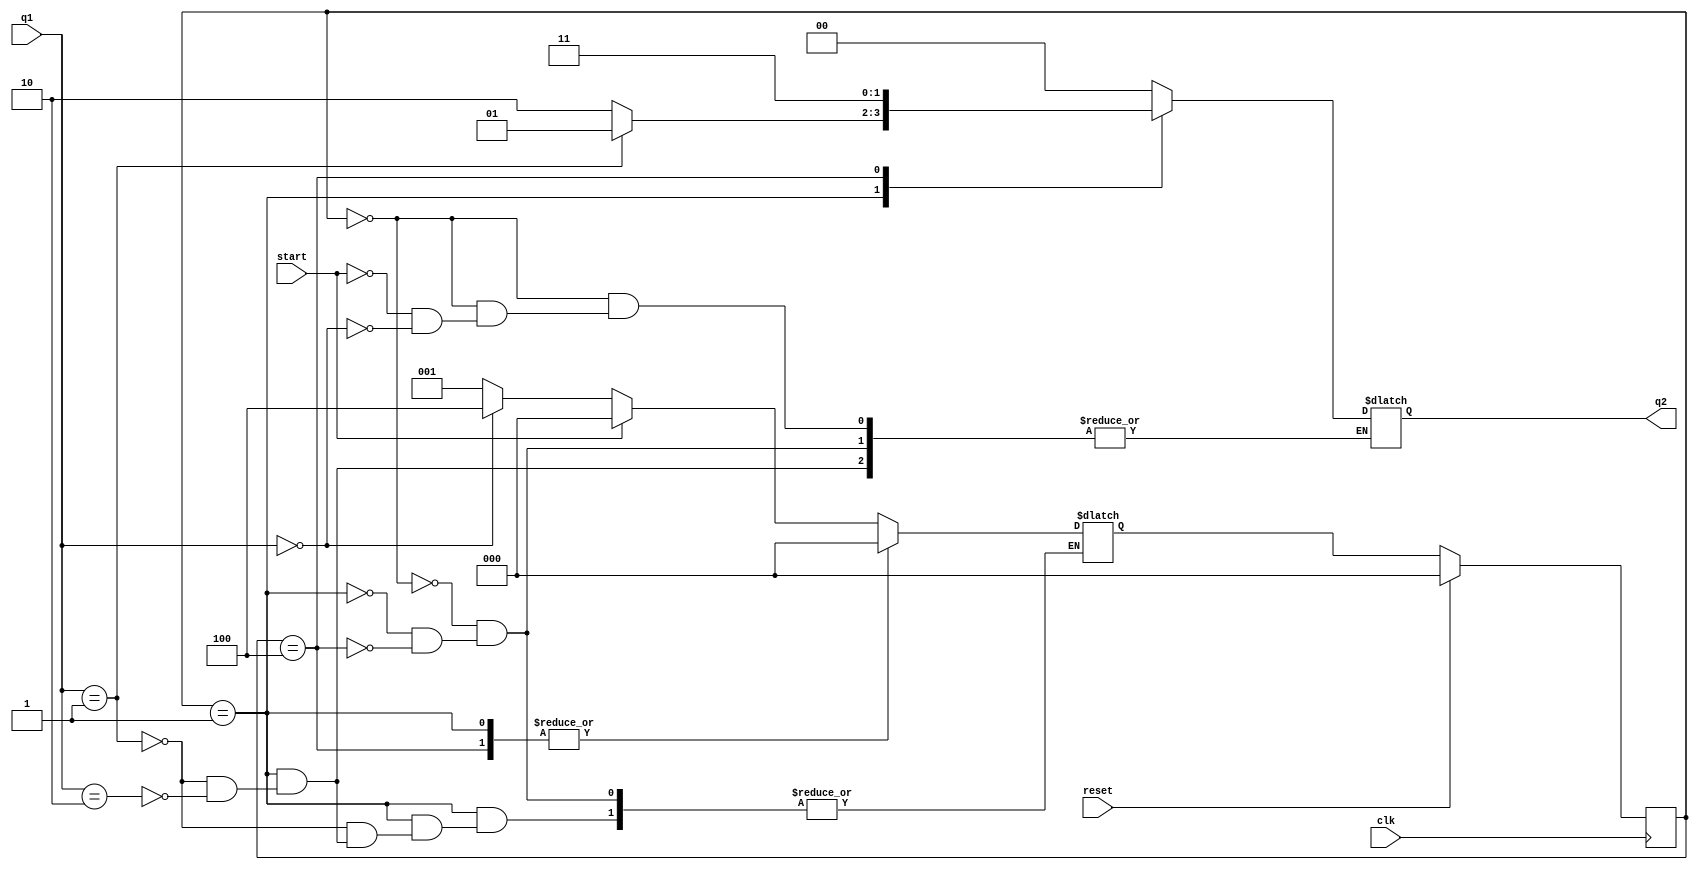
module fsm(
  input clk,
  input reset,
  input start,

  input wire [1:0] q1,
  output reg[1:0] q2
);
  parameter reg_width=3;
  parameter [reg_width-1:0] case0=3'd0,
  case1=3'd1,
  case2=3'd2,
  case3=3'd3,
  case4=3'd4;

  reg [reg_width-1:0] current_state,next_state;						
  always @(negedge clk) begin

    if(reset) begin
      current_state=case0;
    end
    else current_state<=next_state;
  end
  always @(*) begin 
    case(current_state)
      case0:begin
        if(!start) begin
          if(q1==0) begin
            next_state=case4;
            q2<=0;
          end
          else next_state=case1;
        end
        else begin
          next_state=case0;
          q2=0;
        end
      end
      case1:begin
        if(q1==1)begin
          q2<=1;
          next_state=case0;
        end
        else if(q1==2) begin 
          q2<=2;
          next_state=case0;
        end
      end

      case4:begin
        q2<=3;
        next_state=case0;
      end
    endcase
  end
endmodule